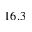
1 6 . 3